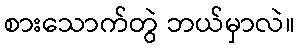
စားသောက်တွဲ ဘယ်မှာလဲ။